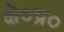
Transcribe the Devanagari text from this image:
क्षे०प्र०